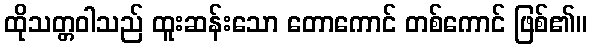
ထိုသတ္တဝါသည် ထူးဆန်းသော တောကောင် တစ်ကောင် ဖြစ်၏။